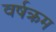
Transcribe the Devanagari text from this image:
वर्षक्रम